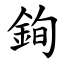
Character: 銁